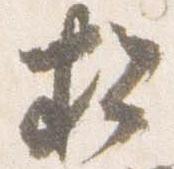
松